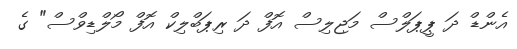
އެންޑް ދަ ޕީޕަލްސް މަޖިލިސް އޮފް ދަ ރިޕަބްލިކް އޮފް މޯލްޑިވްސް" ގެ